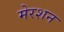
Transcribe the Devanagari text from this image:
मेरशन